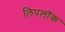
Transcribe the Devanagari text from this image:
लिपलॉक